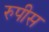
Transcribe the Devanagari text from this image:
रुपीस